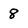
Character: 8